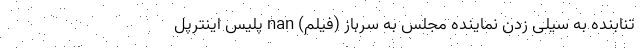
تنابنده به سیلی زدن نماینده مجلس به سرباز (فیلم) nan پلیس اینترپل